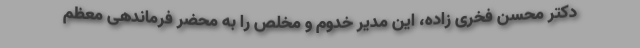
دکتر محسن فخری زاده، این مدیر خدوم و مخلص را به محضر فرماندهی معظم